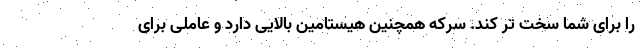
را برای شما سخت تر کند. سرکه همچنین هیستامین بالایی دارد و عاملی برای